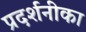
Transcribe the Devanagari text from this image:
प्रदर्शनीका